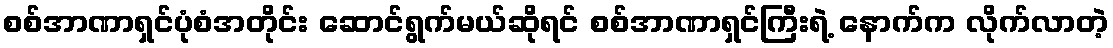
စစ်အာဏာရှင်ပုံစံအတိုင်း ဆောင်ရွက်မယ်ဆိုရင် စစ်အာဏာရှင်ကြီးရဲ့ နောက်က လိုက်လာတဲ့